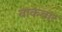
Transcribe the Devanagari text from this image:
वाकबार